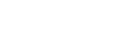
ပင်လုံစာချုပ်